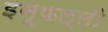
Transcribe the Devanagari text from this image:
इसूफल्ली